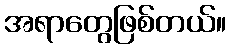
အရာတွေဖြစ်တယ်။